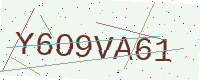
Text: Y6O9VA61